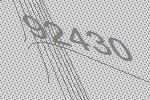
92430